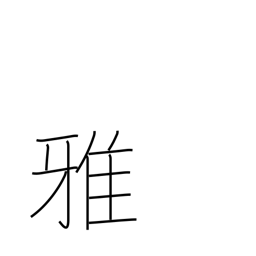
Meaning: elegant